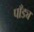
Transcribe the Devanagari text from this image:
पाँड्य